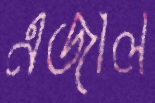
এজাল